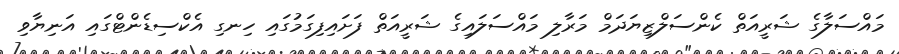
މައްސަލާގެ ޝަރީއަތް ކެންސަލްޒިޔަދަމް މަރާލި މައްސަލައިގެ ޝަރީއަތް ފަށައިފިގަމުގައި ހިނގި އެކްސިޑެންޓްގައި އަނިޔާވި